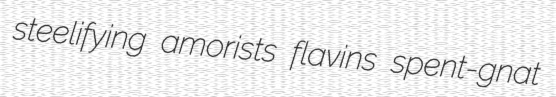
steelifying amorists flavins spent-gnat